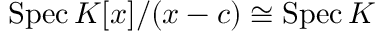
\operatorname { S p e c } K [ x ] / ( x - c ) \cong \operatorname { S p e c } K